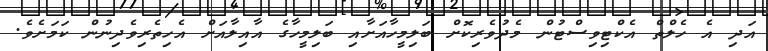
އަދި އެ ހެލްތް އެކްޓިވިސްޓުން މެދުވެރިކޮށް ބަލިމީހާއަށާއި ބަލިމީހާގެ އާއިލާއަށް އެހިތެރިވެދިނުން ކަމަށެވެ.